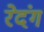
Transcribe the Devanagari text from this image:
रेदंग